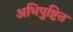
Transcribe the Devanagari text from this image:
अभिपुष्टित